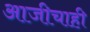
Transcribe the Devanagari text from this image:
आजीचाही